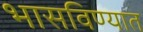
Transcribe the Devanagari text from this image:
भासविण्यात